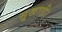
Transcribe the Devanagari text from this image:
सूखाती।